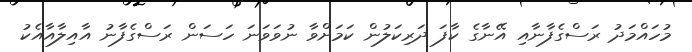
މުހައްމަދު ރަސްގެފާނާއި އޭނާގެ ކާފަ ދަރިކަލުން ކަމަށްވާ ނުވަވަނަ ހަސަން ރަސްގެފާނު އާއިލާއާއެކު